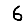
Digit: 6